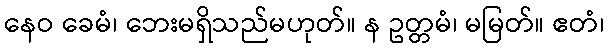
နေဝ ခေမံ၊ ဘေးမရှိသည်မဟုတ်။ န ဥတ္တမံ၊ မမြတ်။ ဧတံ၊